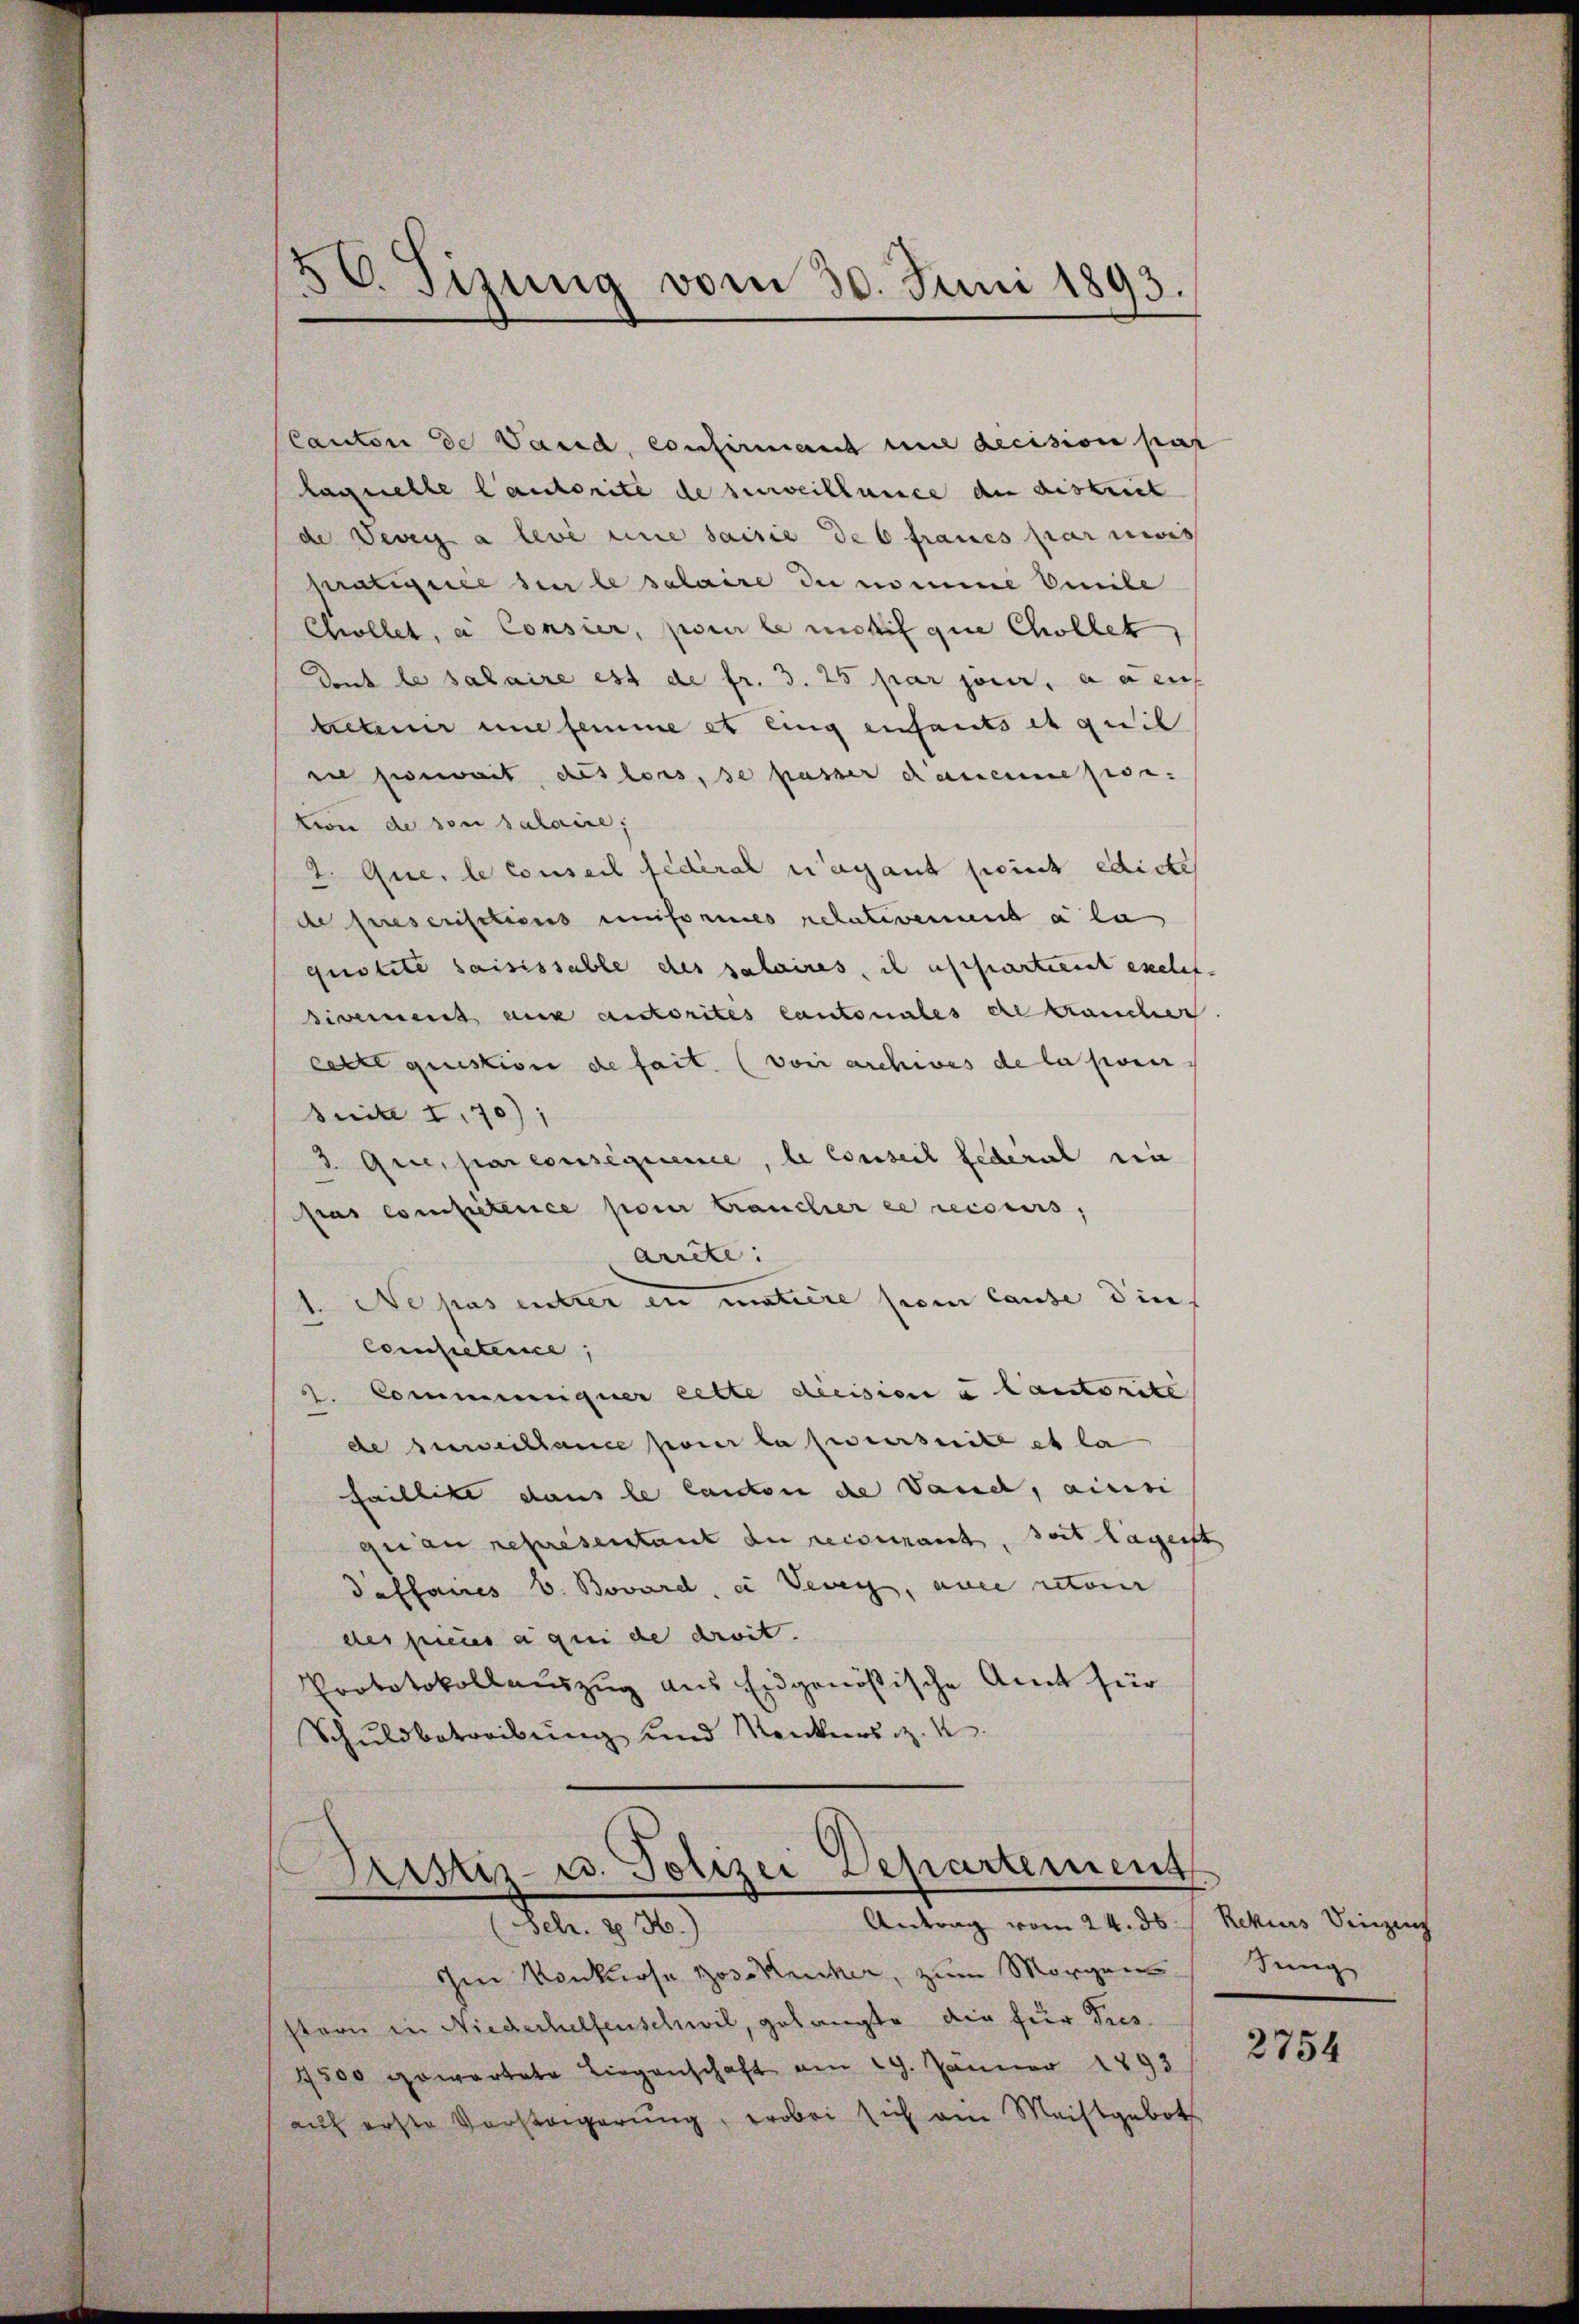
56. Sizung vom 30. Juni 1893.

Canton de Vaud, confirmant mit decision par
laquelle Cautorite de surveillence der austreit
de Vevey a levé une saisie des fraues par nies
kratifice der le salaire du nomine Verle
Chollet, a Consier, pour le motif que Chollet
Dont le salaire est de fr. 3. 25 par jener, a aeuf
betenir une femme et ling enfants et quil
sel soweit des los, se passer Kamension.
tion de son salaire;
2. Que, le conseil fédéral Magant point edicte
de prescrisations uniformes relativement a la
qustete saisissable des salaires, il es harteriet exelese
sivement aux autorites Cantonales dekraucher.
cette question de fait. (von archives de lassen
Suite I. 70);
d Que, par consequence, le Conseil Federal ein
Pras competenice pour träucher es recours,
arrête:
Ne pas entrer in matière so lause die
Competerie,
2. Communiquer cette decision à lautorite
de zuweillance pour la zu verseite et la
faillite dans le lanten de Vaudl, ainsi
geau representant de reconnant, doit lagenst
daffaires V. Bovard, ein Vevey, auce retour
des pieuse qui de droit.
Prototokollauszug aus Eidgenößische Amt für
Schuldbetreibŭng und Nenkers z. B.

Aristiz- u. Polizei Departement
Antrag vom 24. ds Rekurs Diezing
Febr. 1.

Im Konkurse Hose Kerker, zum Morgen
stern in Niederhelfenschwil, gelangte die für dies¬
1500 gewartete Liegenschaft am 19. Jänner 1893
auf erste Vorstagerŭng, wobei sich am Meistgeboth

Jung

2754